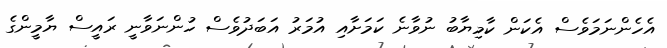
އެހެންނަމަވެސް އެކަން ކާމިޔާބު ނުވާނެ ކަމަށާއި އުމަރު އަބަދުވެސް ހުންނަވާނީ ރައީސް ޔާމީންގެ